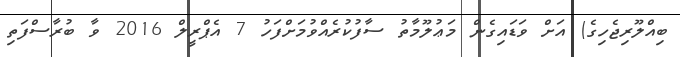
ބިއްލޫރިޖެހިގެ) އަށް ވަޑައިގެން މަޢުލޫމާތު ސާފުކުރެއްވުމަށްފަހު 7 އެޕްރީލް 2016 ވާ ބުރާސްފަތި